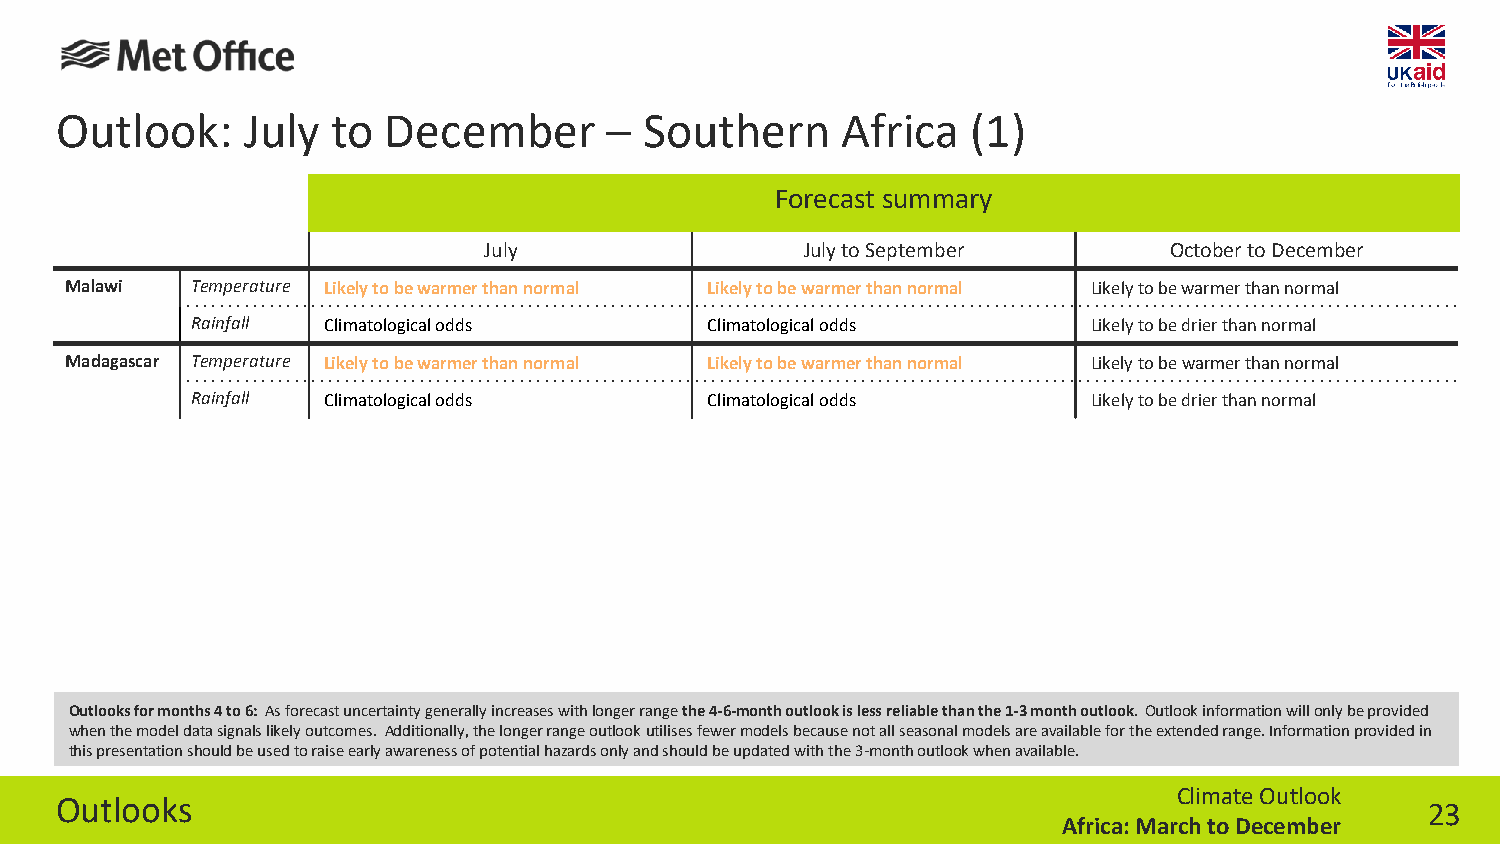
Outlook:    July  to December       –  Southern     Africa  (1)
 Forecast summary
 July                 July to September       October to December
 Malawi   Temperature Likely to be warmer than normal Likely to be warmer than normal Likely to be warmer than normal
 Rainfall Climatological odds      Climatological odds      Likely to be drier than normal
 Madagascar Temperature Likely to be warmer than normal Likely to be warmer than normal Likely to be warmer than normal
 Rainfall Climatological odds      Climatological odds      Likely to be drier than normal
 Outlooks for months 4 to 6: As forecast uncertainty generally increases with longer rangethe 4-6-month outlook is less reliable than the 1-3 month outlook. Outlook information will only be provided
 when the model data signals likely outcomes. Additionally, the longer range outlook utilisesfewer models because not all seasonal models are available for the extended range. Information provided in
 this presentation should be used to raise early awareness of potential hazards only and should be updated with the 3-month outlook when available.
 Climate Outlook
 Outlooks
 23
 Africa: March to December